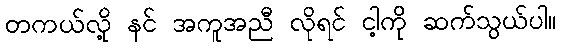
တကယ်လို့ နင် အကူအညီ လိုရင် ငါ့ကို ဆက်သွယ်ပါ။